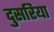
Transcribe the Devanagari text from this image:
दुसरिया